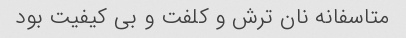
متاسفانه نان ترش و کلفت و بی کیفیت بود